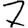
Digit: 7